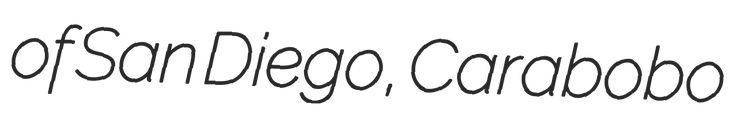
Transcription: of San Diego, Carabobo